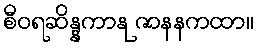
စီဝရဆိန္နကာနု ဇာနနကထာ။